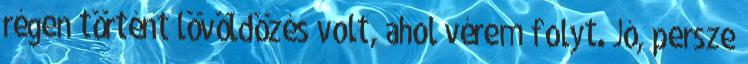
régen történt lövöldözés volt, ahol vérem folyt. Jó, persze